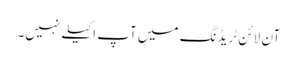
آن لائن ٹریڈنگ میں آپ اکیلے نہیں۔